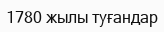
1780 жылы туғандар